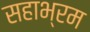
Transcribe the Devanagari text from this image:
सहाभ्रम